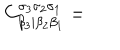
C _ { \beta _ { 3 } | \beta _ { 2 } \beta _ { 1 } } ^ { \sigma _ { 3 } \sigma _ { 2 } \sigma _ { 1 } } =